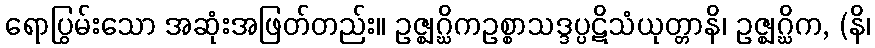
ရောပြွမ်းသော အဆုံးအဖြတ်တည်း။ ဥဇ္ဈဂ္ဃိကဥစ္စာသဒ္ဒပ္ပဋိသံယုတ္တာနိ၊ ဥဇ္ဈဂ္ဃိက, (နိ၊